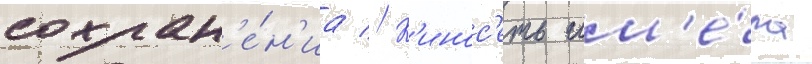
сохран'е́н'иа // К'инос'еть им'е́ла